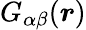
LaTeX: G_{\alpha\beta}(\boldsymbol{r})